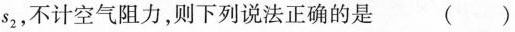
s_{2} ，不计空气阻力，则下列说法正确的是( )